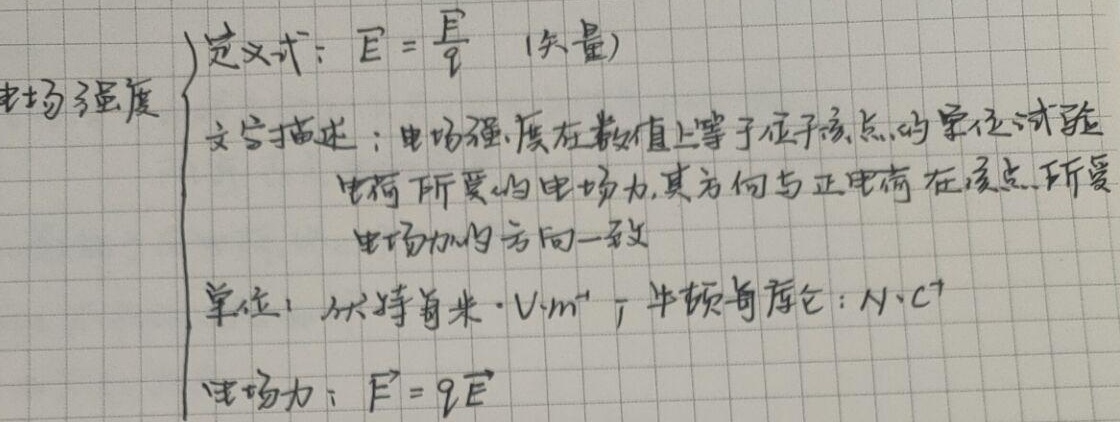
电场强度
\begin{itemize}
    \item 定义式：\(E = \frac{F}{q}\) (矢量)
    \item 文字描述：电场强度在数值上等于位于该点的单位试探电荷所受的电场力，其方向与正电荷在该点所受电场力的方向一致
    \item 单位：伏特每米（\(V\cdot m^{-1}\)）；牛顿每库仑（\(N\cdot C^{-1}\)）
    \item 电场力：\(\vec{F}=q\vec{E}\)
\end{itemize}